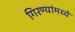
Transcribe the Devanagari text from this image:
गिरण्यांमध्ये